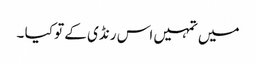
میں تمہیں اس رنڈی کے تو کیا ۔